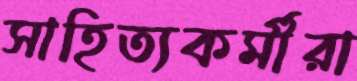
সাহিত্যকর্মীরা